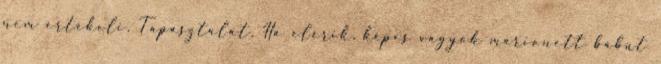
nem értékeli. Tapasztalat. Ha elérik, képes vagyok marionett bábut